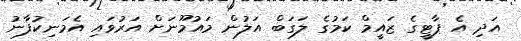
އަދި އެ ޕާޓީގެ ޒައީމް ކަމުގެ ލަގަބް އަލުން މައުމޫނަށް އަރުވައި އެމަނިކުފާނު